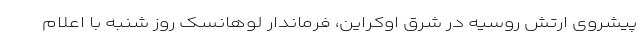
پیشروی ارتش روسیه در شرق اوکراین، فرماندار لوهانسک روز شنبه با اعلام